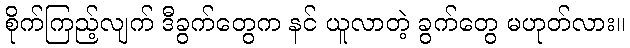
စိုက်ကြည့်လျက် ဒီခွက်တွေက နင် ယူလာတဲ့ ခွက်တွေ မဟုတ်လား။